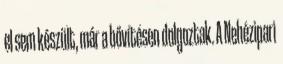
el sem készült, már a bővítésen dolgoztak. A Nehézipari